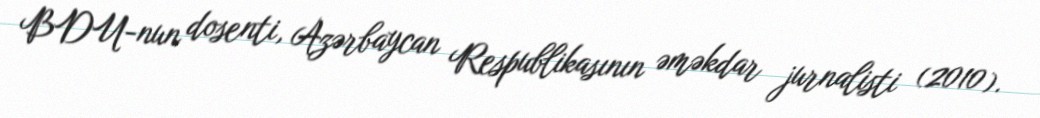
BDU-nun dosenti, Azərbaycan Respublikasının əməkdar jurnalisti (2010).